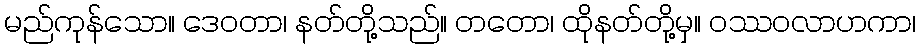
မည်ကုန်သော။ ဒေဝတာ၊ နတ်တို့သည်။ တတော၊ ထိုနတ်တို့မှ။ ဝဿဝလာဟကာ၊